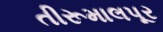
તીરૂમાલપૂર